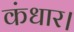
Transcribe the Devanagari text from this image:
कंधार।